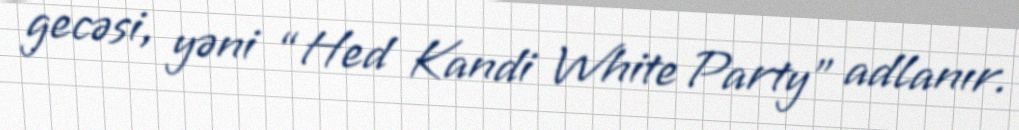
gecəsi, yəni “Hed Kandi White Party” adlanır.